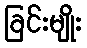
ခြင်းမျိုး